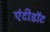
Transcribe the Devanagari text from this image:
एंटीडाॅट